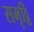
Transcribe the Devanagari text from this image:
समृठ्ठि